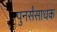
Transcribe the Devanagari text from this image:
पुनर्संसाधक